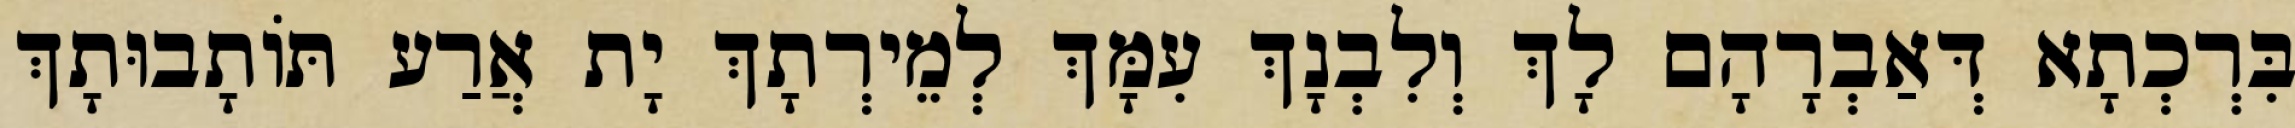
בִּרְכְתָא דְּאַבְרָהָם לָךְ וְלִבְנָךְ עִמָּךְ לְמֵירְתָךְ יָת אֲרַע תּוֹתָבוּתָךְ